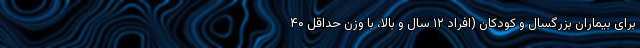
برای بیماران بزرگسال و کودکان (افراد ۱۲ سال و بالا، با وزن حداقل ۴۰